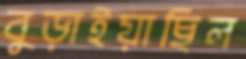
বুড়াইয়াছিল